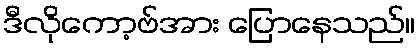
ဒီလိုကော့ဗ်အား ပြောနေသည်။